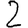
Digit: 2